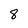
Character: 8